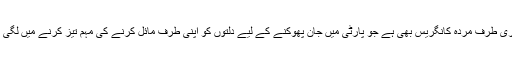
تیسری طرف مردہ کانگریس بھی ہے جو پارٹی میں جان پھوکنے کے لیے دلتوں کو اپنی طرف مائل کرنے کی مہم تیز کرنے میں لگی ہے۔